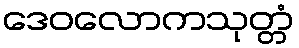
ဒေဝလောကသုတ္တံ